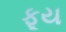
ફૂય